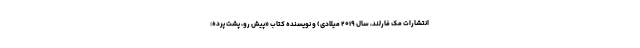
انتشارات مک فارلند، سال ۲۰۱۹ میلادی) و نویسنده کتاب «پیش رو، پشت پرده: